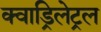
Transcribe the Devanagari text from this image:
क्वाड्रिलेट्रल